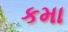
કમા